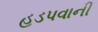
હડપવાની